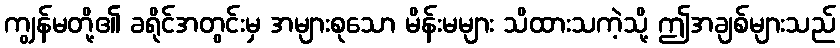
ကျွန်မတို့၏ ခရိုင်အတွင်းမှ အများစုသော မိန်းမများ သိထားသကဲ့သို့ ဤအချစ်များသည်